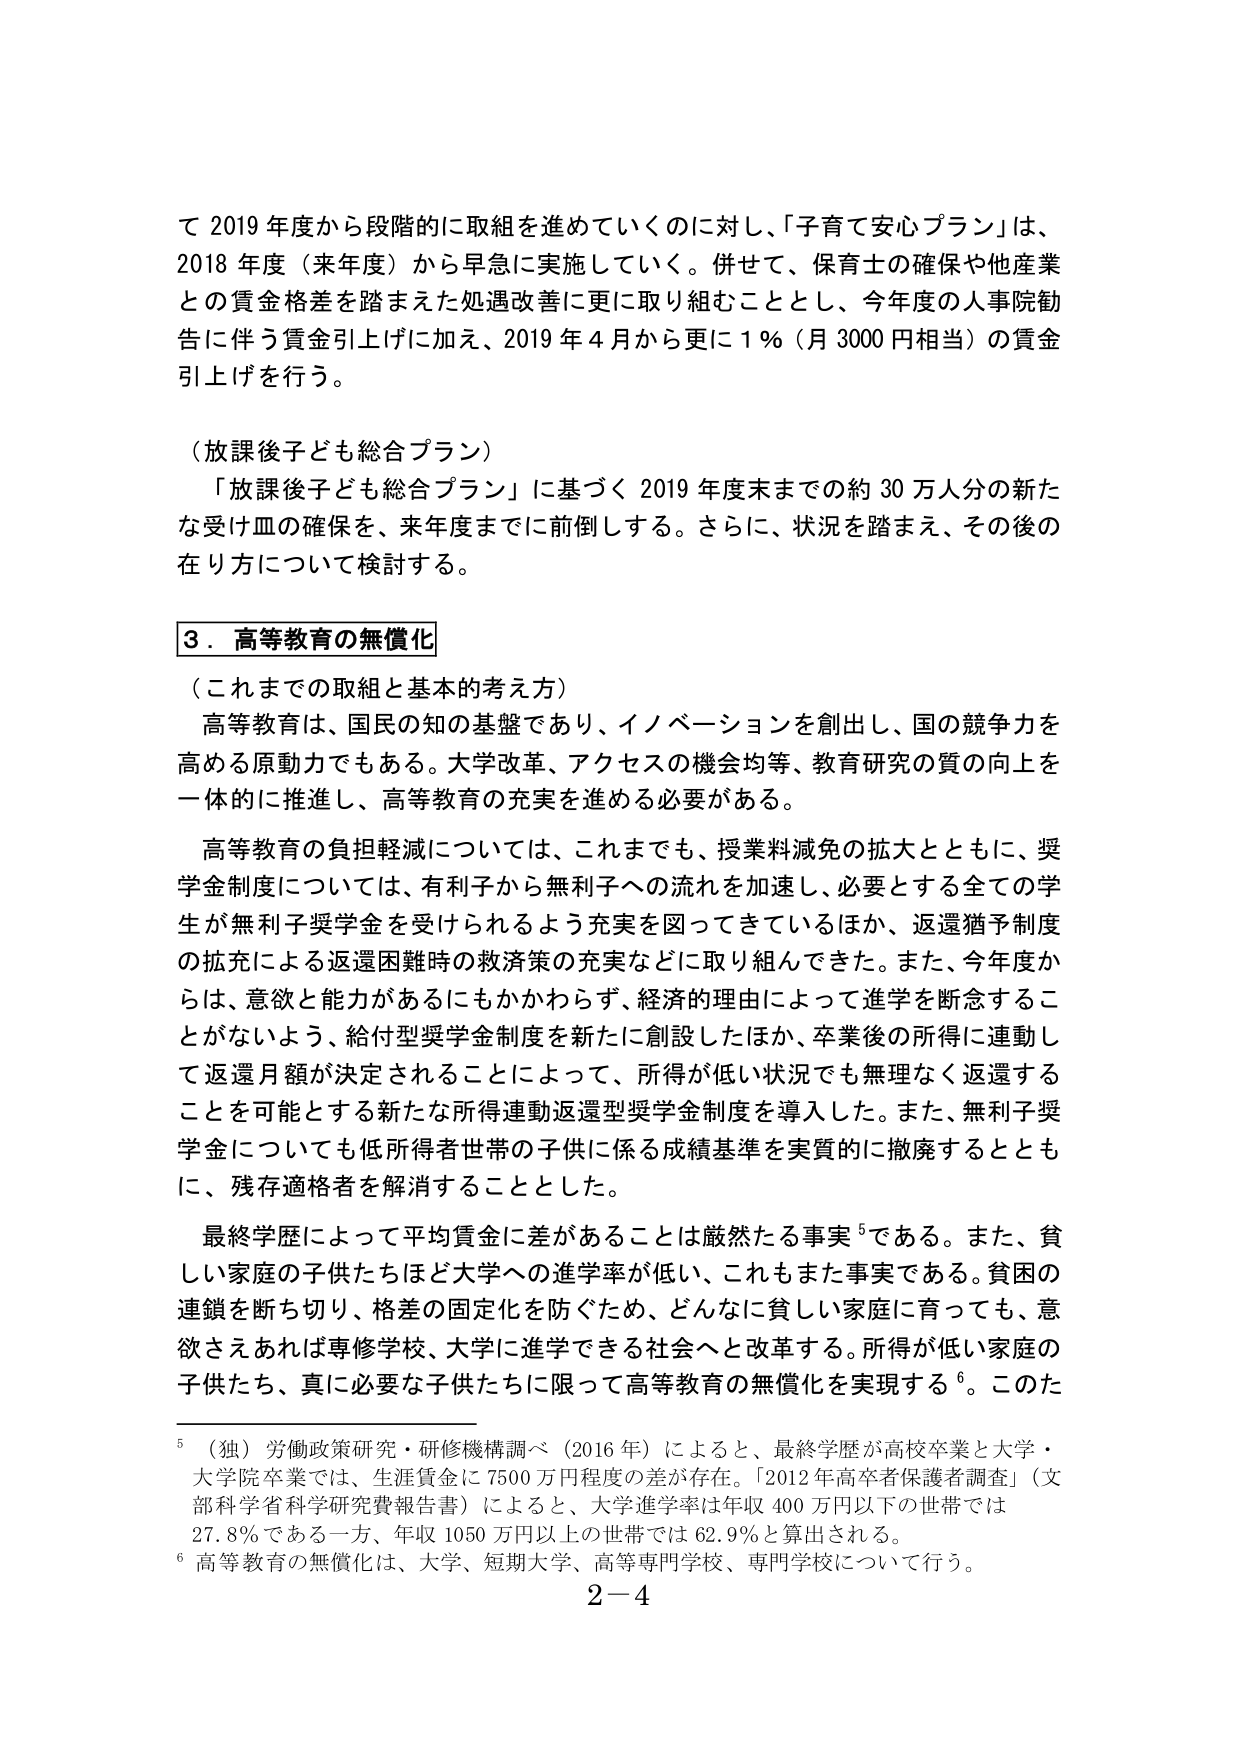
て 2019 年度から段階的に取組を進めていくのに対し、「子育て安心プラン」は、
2018 年度（来年度）から早急に実施していく。併せて、保育士の確保や他産業
との賃金格差を踏まえた処遇改善に更に取り組むこととし、今年度の人事院勧
告に伴う賃金引上げに加え、2019 年 4 月から更に 1 %（月 3000 円相当）の賃金
引上げを行う。

（放課後子ども総合プラン）
「放課後子ども総合プラン」に基づく 2019 年度末までの約 30 万人分の新た
な受け皿の確保を、来年度までに前倒しする。さらに、状況を踏まえ、その後の
在り方について検討する。

3．高等教育の無償化
（これまでの取組と基本的考え方）
高等教育は、国民の知の基盤であり、イノベーションを創出し、国の競争力を
高める原動力でもある。大学改革、アクセスの機会均等、教育研究の質の向上を
一体的に推進し、高等教育の充実を進める必要がある。

高等教育の負担軽減については、これまでも、授業料減免の拡大とともに、奨
学金制度については、有利子から無利子への流れを加速し、必要とする全ての学
生が無利子奨学金を受けられるよう充実を図ってきているほか、返還猶予制度
の拡充による返還困難時の救済策の充実などに取り組んできた。また、今年度か
らは、意欲と能力があるにもかかわらず、経済的理由によって進学を断念するこ
とがないよう、給付型奨学金制度を新たに創設したほか、卒業後の所得に連動し
て返還月額が決定されることによって、所得が低い状況でも無理なく返還する
ことを可能とする新たな所得連動返還型奨学金制度を導入した。また、無利子奨
学金についても低所得者世帯の子供に係る成績基準を実質的に撤廃するととも
に、残存適格者を解消することとした。

最終学歴によって平均賃金に差があることは厳然たる事実⁵である。また、貧
しい家庭の子供たちほど大学への進学率が低い、これもまた事実である。貧困の
連鎖を断ち切り、格差の固定化を防ぐため、どんなに貧しい家庭に育っても、意
欲さえあれば専修学校、大学に進学できる社会へと改革する。所得が低い家庭の
子供たち、真に必要な子供たちに限って高等教育の無償化を実現する⁶。このた

⁵（独）労働政策研究・研修機構調べ（2016 年）によると、最終学歴が高校卒業と大学・
大学院卒業では、生涯賃金に 7500 万円程度の差が存在。「2012 年高卒者保護者調査」（文
部科学省科学研究費報告書）によると、大学進学率は年収 400 万円以下の世帯では
27.8% である一方、年収 1050 万円以上の世帯では 62.9% と算出される。
⁶高等教育の無償化は、大学、短期大学、高等専門学校、専門学校について行う。
2－4